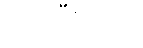
လုပ်ပြီးတော့